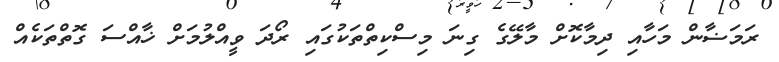
ރަމަޟާން މަހާއި ދިމާކޮށް މާލޭގެ ގިނަ މިސްކިތްތަކުގައި ރޯދަ ވީއްލުމަށް ޚާއްސަ ގޮތްތަކެއް